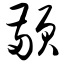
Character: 颟